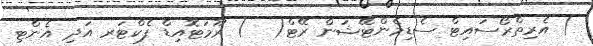
) އެރިތްރޯސައިޓް ސެޑިމެންޓޭޝަން ރޭޓް(  ) ރޫމަޓޮއިޑް ފެކްޓަރ އަދި އެންޓި